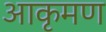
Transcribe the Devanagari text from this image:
आकृमण